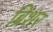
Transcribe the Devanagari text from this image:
ब्रिशर